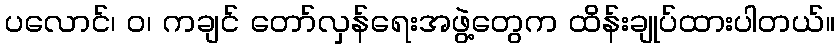
ပလောင်၊ ဝ၊ ကချင် တော်လှန်ရေးအဖွဲ့တွေက ထိန်းချုပ်ထားပါတယ်။